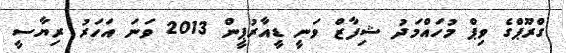
ގްރޫޕްގެ ވިޕް މުހައްމަދު ޝިފާޒް ވަނީ ޑީއާރުޕީން 2013 ވަނަ އަހަރު ރިޔާސީ